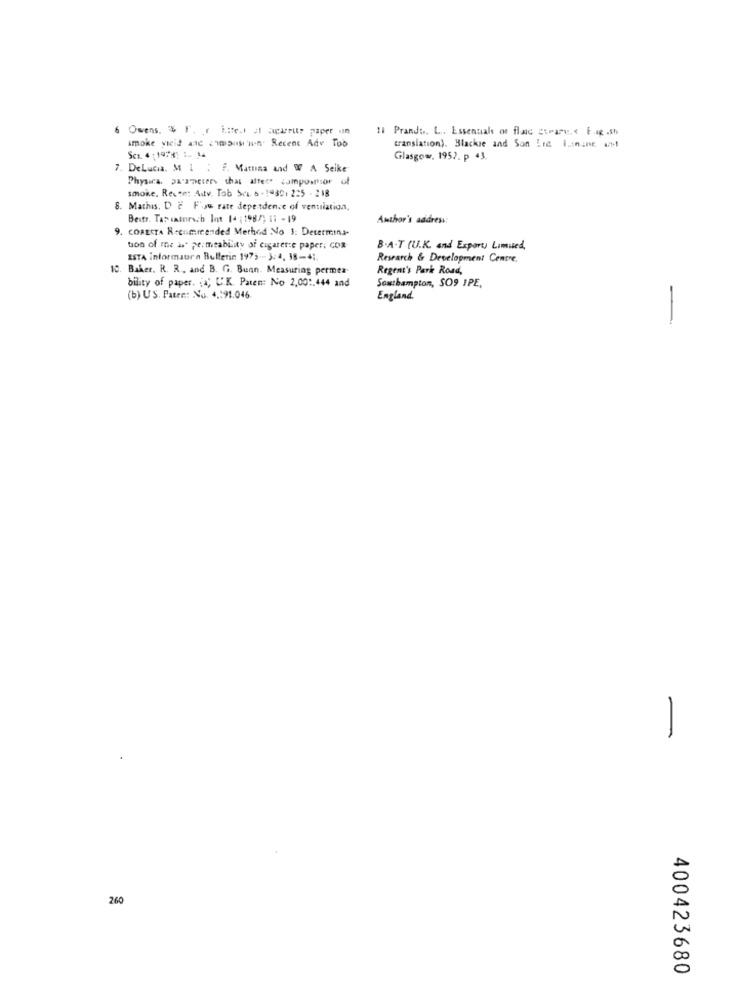
6 Owens. $ l'. r istet il Sparrits paper un
11 Prand. L ., Essentials of flac girare. F.ag .Sh
smoke vicis 412 215asının. Recent Adv Tob
translation). Blackie and Son Lid I.inint. att
Sex 4 : 19781 1- 14
Glasgow, 1952. p 43.
7. DeLucia. M 1 : 7. Mamusa and W A Seike
Physica, parameters that affet" camposrtsor of
smoke. Resse: Adtv. Tab Sca. 6 - 19301 2:5 - 218
8. Mathis, D E F'ou rate dependence of ventilation,
Bestr. Tap watersch Iot 14 :198/1 11 - 19
Author's address:
9. CORESTA Recommended Method No 3: Determina-
ton of me ist permeability of cigarette paper; COR-
B.A.T (U.K. and Export Limited,
ESTA informatra Bulletin 1975 -- 3:4, 18-41.
Research & Development Centre.
10. Baker. R. R ., and B. G. Bunn. Measuring permea.
Regent's Park Road,
bility of paper. [4; U.K. Paten: No 2,00 :. 444 and
Southampton, SO9 IPE,
(b) US. Pater: No. 4 .: 91.046
England
-
-
260
400423680